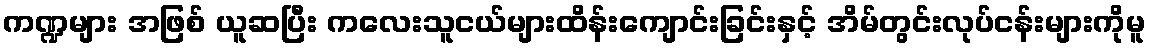
ကဏ္ဍများ အဖြစ် ယူဆပြီး ကလေးသူငယ်များထိန်းကျောင်းခြင်းနှင့် အိမ်တွင်းလုပ်ငန်းများကိုမူ